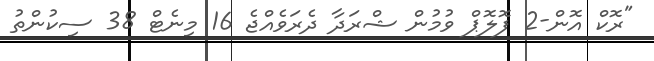
"ރޮކް އޮން-2 ފޮލޮޕް ވުމުން ޝްރަދާ ދެރަވެއްޖެ 16 މިނެޓް 38 ސިކުންތު